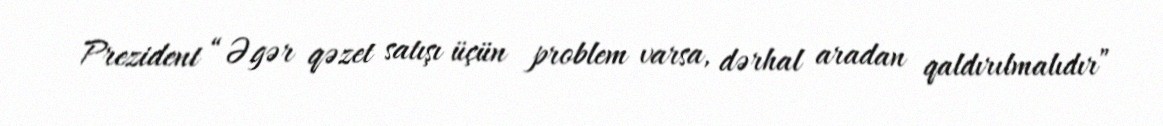
Prezident “Əgər qəzet satışı üçün problem varsa, dərhal aradan qaldırılmalıdır”